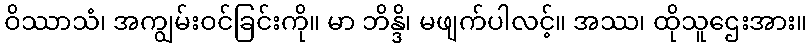
ဝိဿာသံ၊ အကျွမ်းဝင်ခြင်းကို။ မာ ဘိန္ဒိ၊ မဖျက်ပါလင့်။ အဿ၊ ထိုသူဌေးအား။